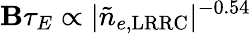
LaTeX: \mathbf{B}\tau_{E}\propto|\tilde{{n}}_{e,\mathrm{{LRRC}}}|^{-0.54}